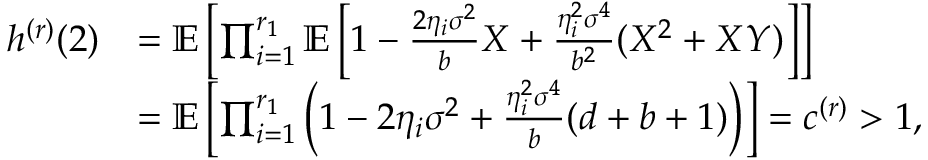
\begin{array} { r l } { h ^ { ( r ) } ( 2 ) } & { = \mathbb { E } \left[ \prod _ { i = 1 } ^ { r _ { 1 } } \mathbb { E } \left[ 1 - \frac { 2 \eta _ { i } \sigma ^ { 2 } } { b } X + \frac { \eta _ { i } ^ { 2 } \sigma ^ { 4 } } { b ^ { 2 } } ( X ^ { 2 } + X Y ) \right] \right] } \\ & { = \mathbb { E } \left[ \prod _ { i = 1 } ^ { r _ { 1 } } \left( 1 - 2 \eta _ { i } \sigma ^ { 2 } + \frac { \eta _ { i } ^ { 2 } \sigma ^ { 4 } } { b } ( d + b + 1 ) \right) \right] = c ^ { ( r ) } > 1 , } \end{array}